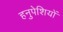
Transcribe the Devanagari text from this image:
हनुपेशियों